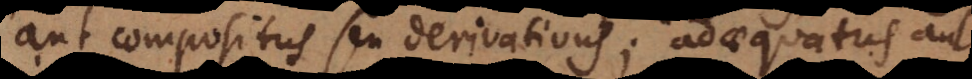
aut compositus seu derivativus; adaequatus aut